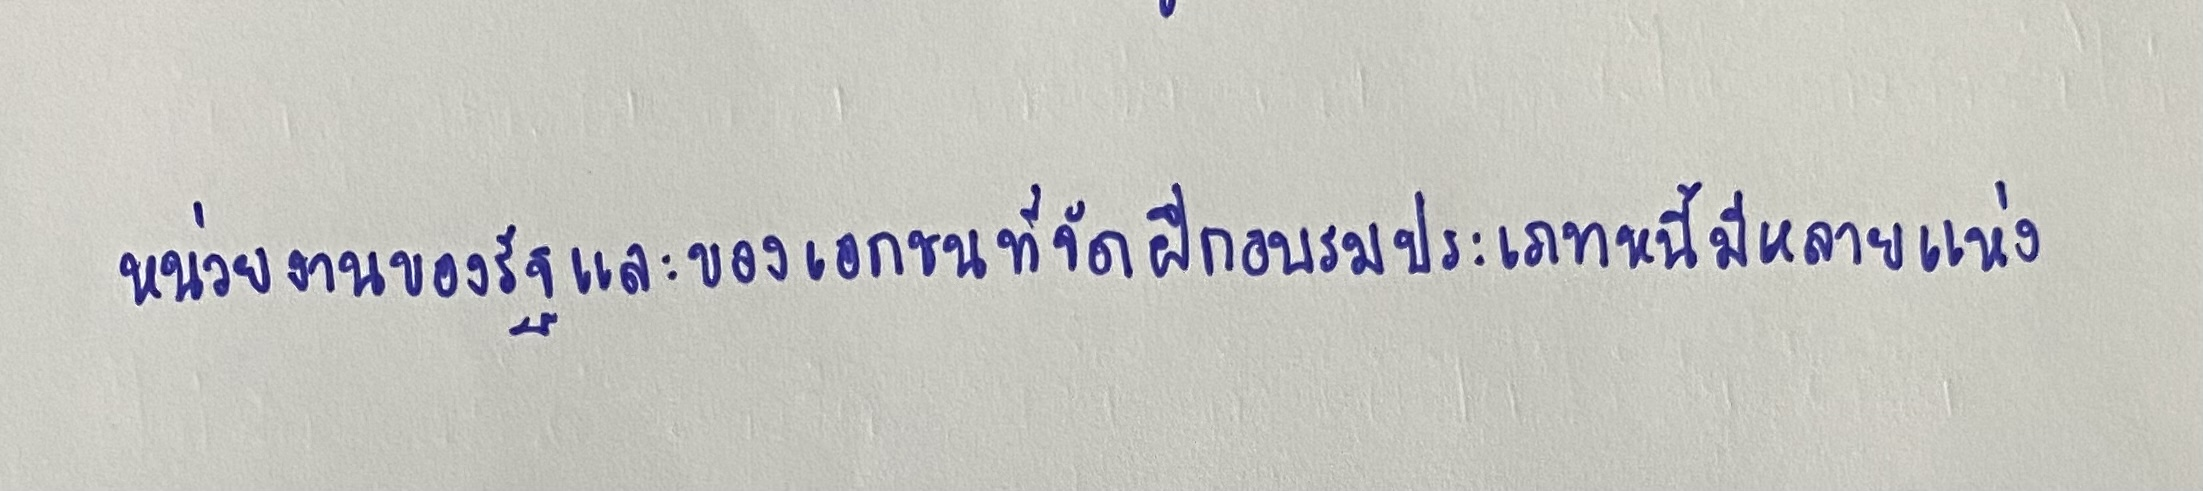
หน่วยงานของรัฐและของเอกชนที่จัดการฝึกอบรมประเภทนี้มีหลายแห่ง